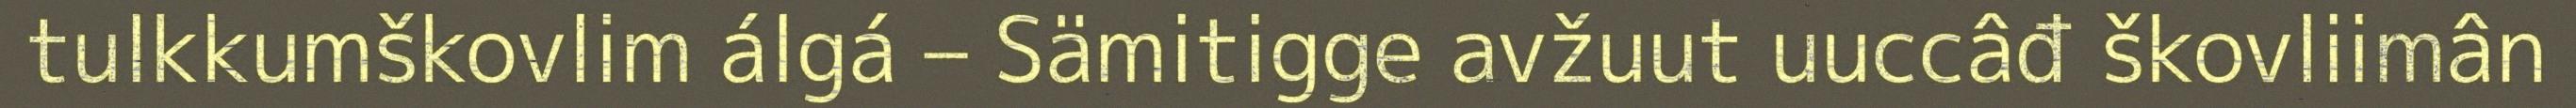
tulkkumškovlim álgá – Sämitigge avžuut uuccâđ škovliimân